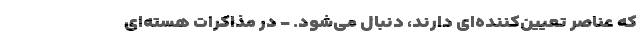
که عناصر تعیین‌کننده‌ای دارند، دنبال می‌شود. - در مذاکرات هسته‌ای